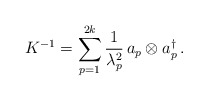
\begin{align*}K^{-1} = \sum_{p=1}^{2k} {1 \over \lambda_p^2}\, a_p \otimes a_p^\dagger \, .\end{align*}